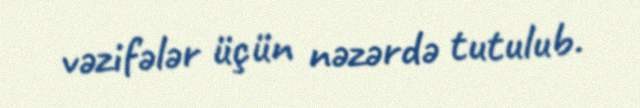
vəzifələr üçün nəzərdə tutulub.